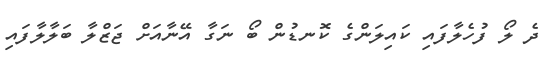
ދެ ލޯ ފުހެލާފައި ކައިލަންގެ ކޮނޑުން ބޯ ނަގާ އޭނާއަށް ޖަޒްލާ ބަލާލާފައި